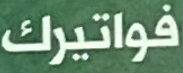
فواتيرك